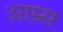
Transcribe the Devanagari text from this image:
आम्र्स